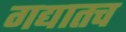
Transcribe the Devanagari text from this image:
गद्यातच